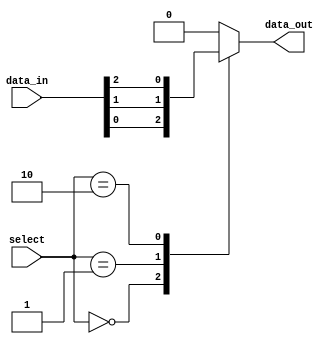
module mux64to1 (
    input [63:0] data_in,
    input [5:0] select,
    output reg data_out
);

always @*
begin
    case(select)
        6'b000000: data_out = data_in[0];
        6'b000001: data_out = data_in[1];
        6'b000010: data_out = data_in[2];
        //Add cases for all 64 input data lines
        //Make sure to add cases for all possible values of select lines
        default: data_out = 64'b0; // Default case
    endcase
end

endmodule